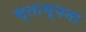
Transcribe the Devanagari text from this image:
स्ताथ्पना